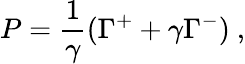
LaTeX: P=\frac{1}{\gamma}(\Gamma^{+}+\gamma\Gamma^{-})~,